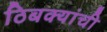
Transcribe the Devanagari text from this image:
ठिबक्यांची